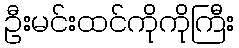
ဦးမင်းထင်ကိုကိုကြီး